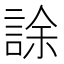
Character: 𧧶